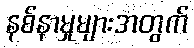
နစ်နာမှုများအတွက်